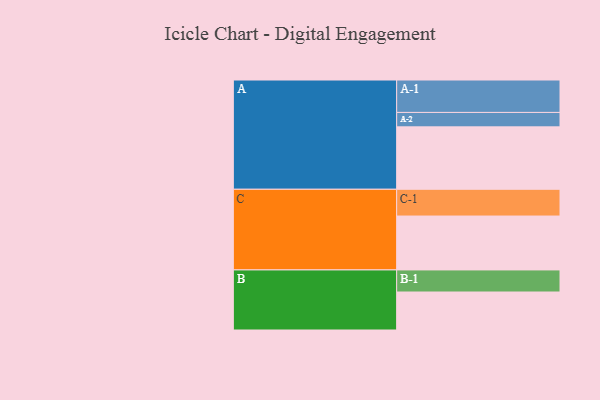
{"axis": {"x": "Segment", "y": "Value"}, "legend": ["", "A", "B", "C"], "data": [{"x": "A", "y": 506, "type": ""}, {"x": "B", "y": 308, "type": ""}, {"x": "C", "y": 437, "type": ""}, {"x": "A-1", "y": 263, "type": "A"}, {"x": "A-2", "y": 117, "type": "A"}, {"x": "B-1", "y": 179, "type": "B"}, {"x": "C-1", "y": 217, "type": "C"}]}